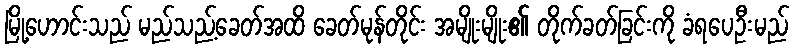
မြို့ဟောင်းသည် မည်သည့်ခေတ်အထိ ခေတ်မုန်တိုင်း အမျိုးမျိုး၏ တိုက်ခတ်ခြင်းကို ခံရပေဦးမည်